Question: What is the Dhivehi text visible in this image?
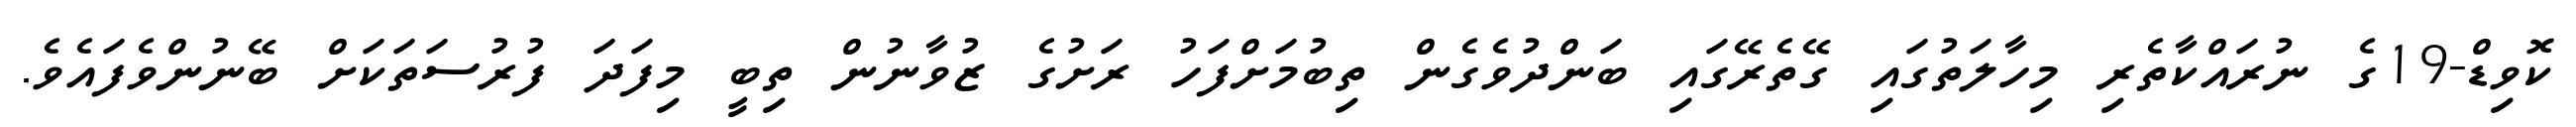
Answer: ކޮވިޑް-19ގެ ނުރައްކާތެރި މިހާލަތުގައި ގޭތެރޭގައި ބަންދުވެގެން ތިބުމަށްފަހު ރަށުގެ ޒުވާނުން ތިބީ މިފަދަ ފުރުސަތަކަށް ބޭނުންވެފައެވެ.